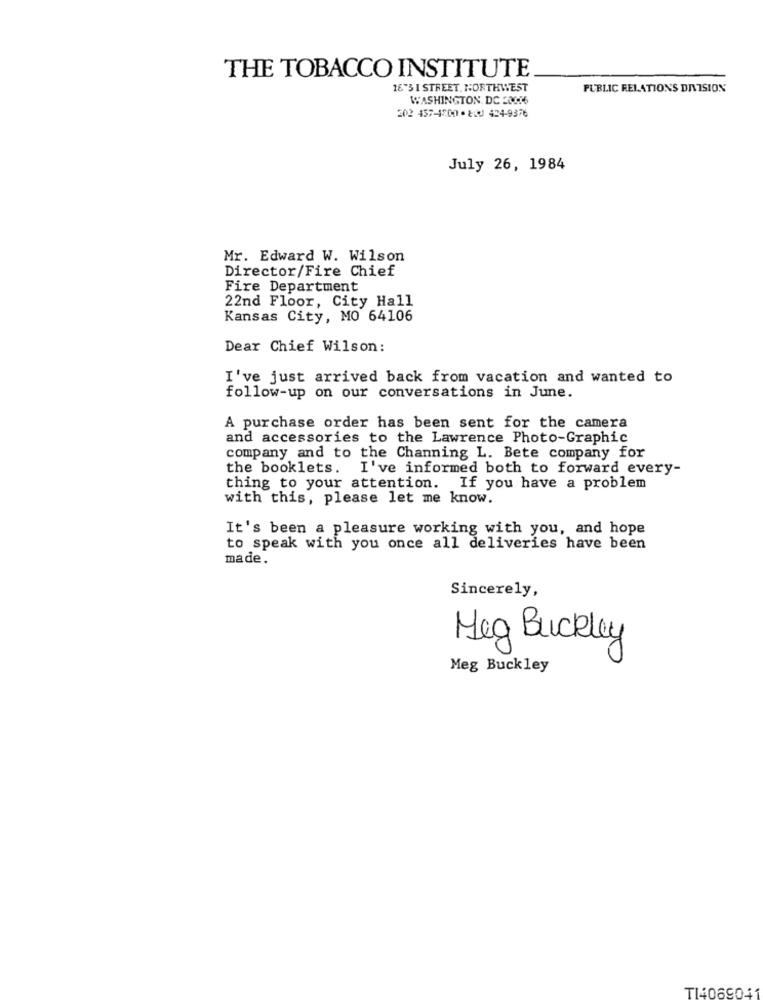
THE TOBACCO INSTITUTE
16"3 1 STREET. NORTHWEST
PUBLIC RELATIONS DIVISION
WASHINGTON DC 20006
202 457-4200 · 800 424-9376
July 26, 1984
Mr. Edward W. Wilson
Director/Fire Chief
Fire Department
22nd Floor, City Hall
Kansas City, MO 64106
Dear Chief Wilson:
I've just arrived back from vacation and wanted to
follow-up on our conversations in June.
A purchase order has been sent for the camera
and accessories to the Lawrence Photo-Graphic
company and to the Channing L. Bete company for
the booklets. I've informed both to forward every-
thing to your attention. If you have a problem
with this, please let me know.
It's been a pleasure working with you, and hope
to speak with you once all deliveries have been
made.
Sincerely,
Meg Buckley
Meg Buckley
TI4069011